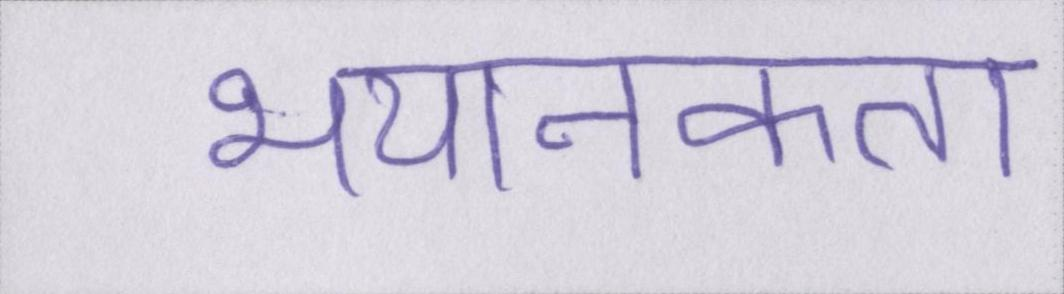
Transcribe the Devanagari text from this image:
भयानकता